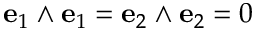
\mathbf { e } _ { 1 } \wedge \mathbf { e } _ { 1 } = \mathbf { e } _ { 2 } \wedge \mathbf { e } _ { 2 } = 0